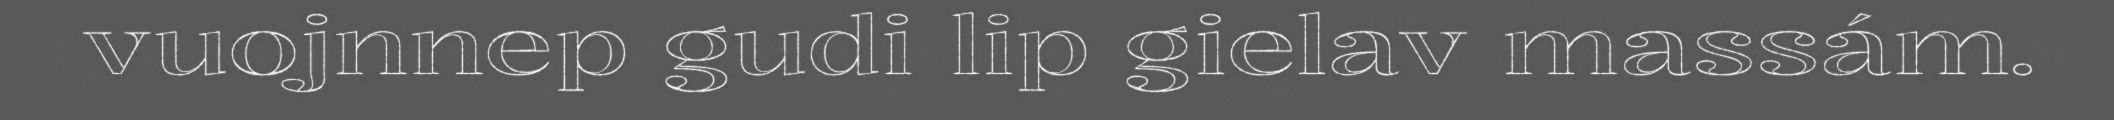
vuojnnep gudi lip gielav massám.